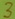
Text: 3